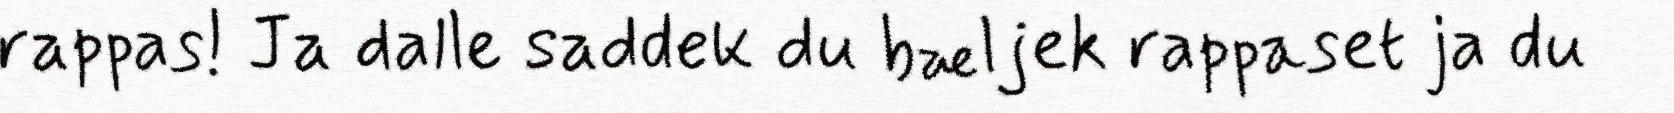
rappas! Ja dalle saddek du bæljek rappaset ja du